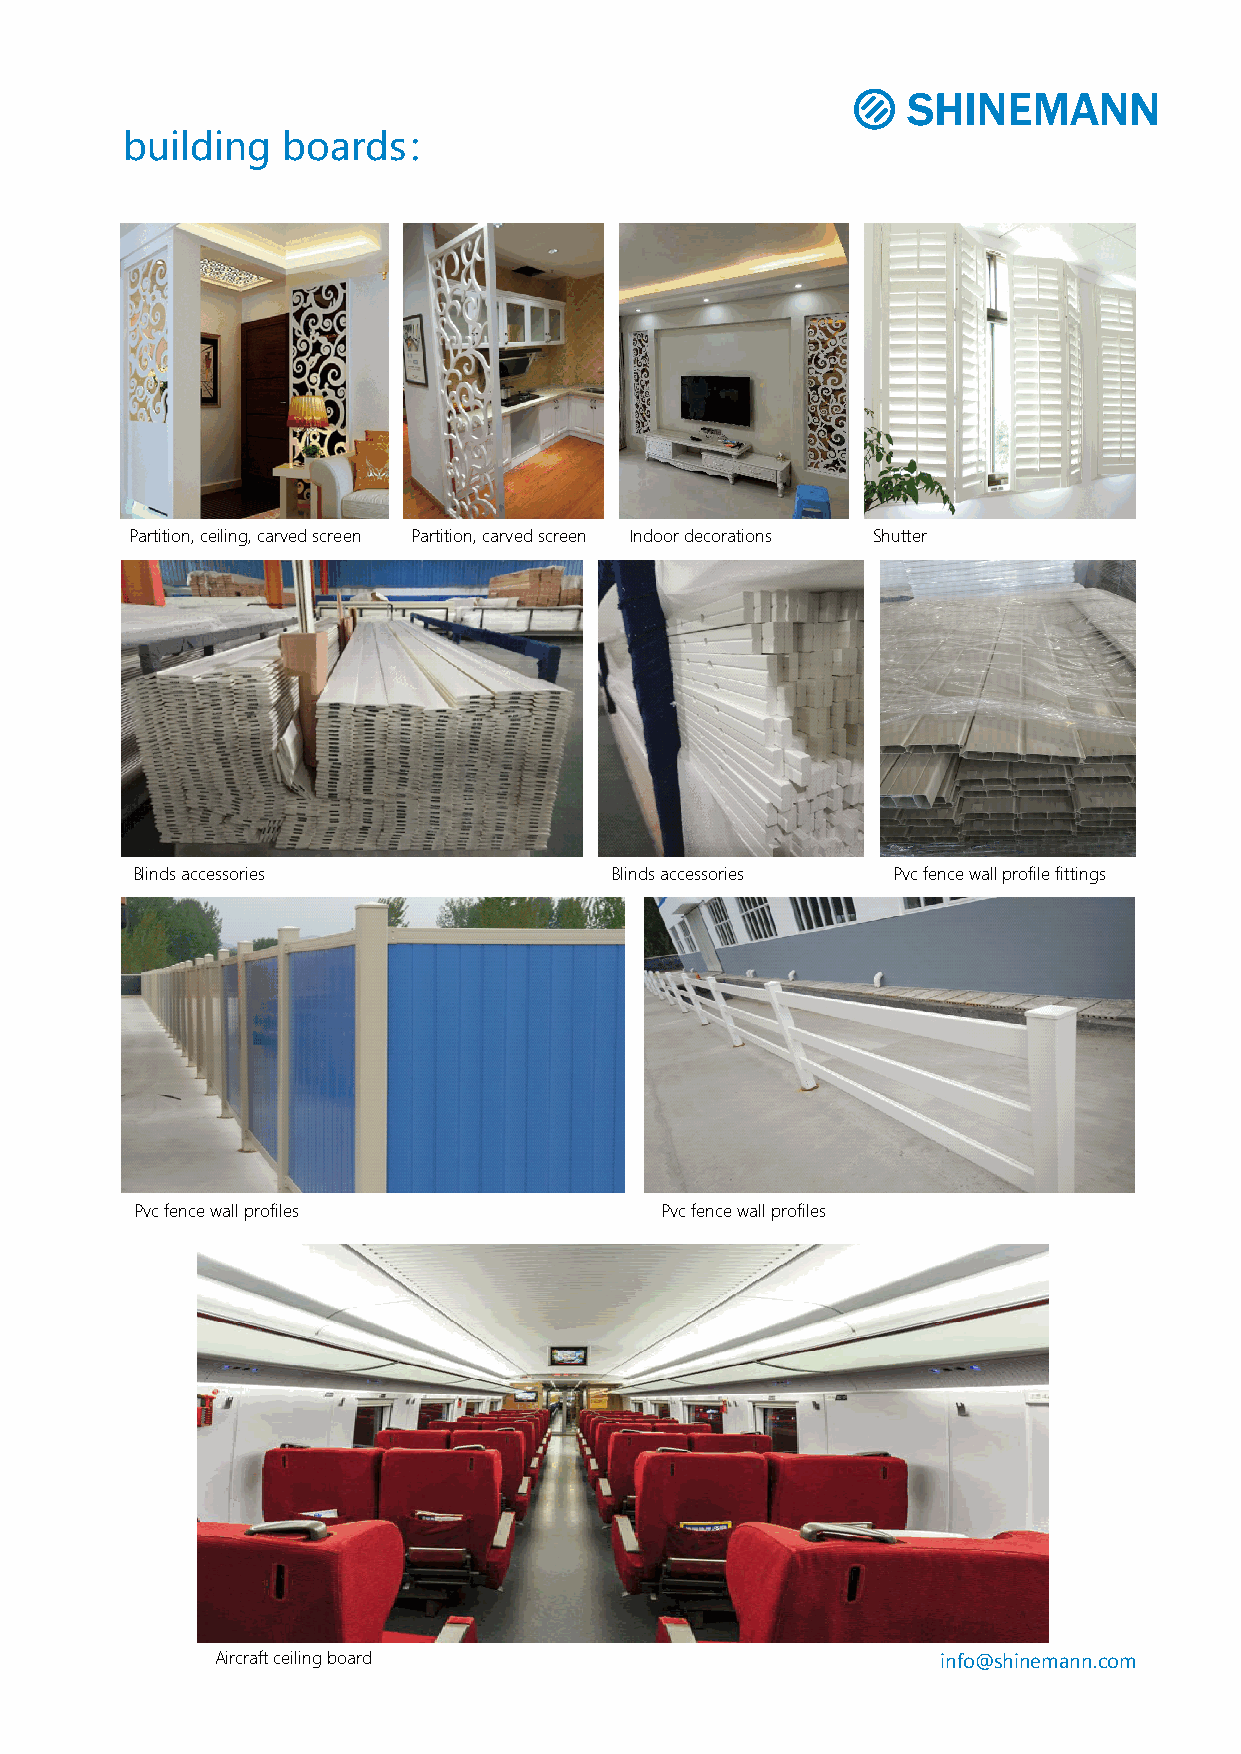
building   boards：
 Partition, ceiling, carved screen Partition, carved screen Indoor decorations Shutter
 Blinds accessories             Blinds accessories Pvc fence wall profile fittings
 Pvc fence wall profiles            Pvc fence wall profiles
 Aircraft ceiling board                          info@shinemann.com